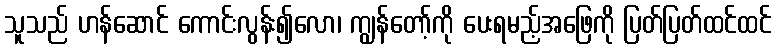
သူသည် ဟန်ဆောင် ကောင်းလွန်း၍လော၊ ကျွန်တော့်ကို ပေးရမည့်အဖြေကို ပြတ်ပြတ်ထင်ထင်